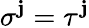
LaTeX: \sigma^{\mathbf{j}}=\tau^{\mathbf{j}}